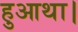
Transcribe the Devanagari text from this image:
हुआथा।